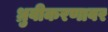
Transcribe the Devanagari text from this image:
ध्रुवीकरणावर